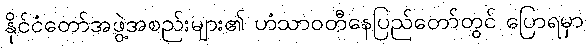
နိုင်ငံတော်အဖွဲ့အစည်းများ၏ ဟံသာဝတီနေပြည်တော်တွင် ပြောရမှာ